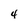
Character: 4